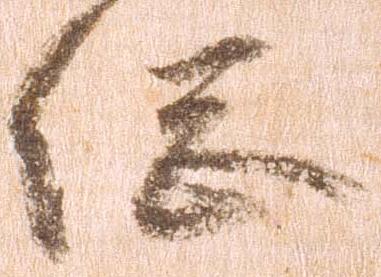
総